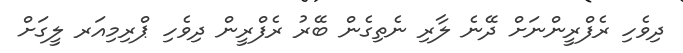
ދިވެހި ރެފްރީންނަށް ދޭނެ ލާރި ނެތިގެން ބޭރު ރެފްރީން ދިވެހި ޕްރިމިއަރ ލީގަށް